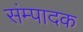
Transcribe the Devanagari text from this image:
संम्पादक